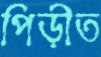
পিড়ীত